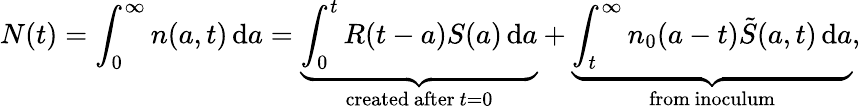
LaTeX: N(t)=\int_{0}^{\infty}{n(a,t)\, \mathrm{d}a=\underbrace{\int_{0}^{t}{R(t-a)S(a)\, \mathrm{d}a}}_{\mathrm{created~after~}t=0}+\underbrace{\int_{t}^{\infty}{{{n}_{0}}(a-t)\tilde{S}({a,t})\, \mathrm{d}a}}_{\mathrm{from~inoculum}}},